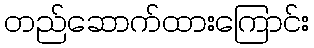
တည်ဆောက်ထားကြောင်း